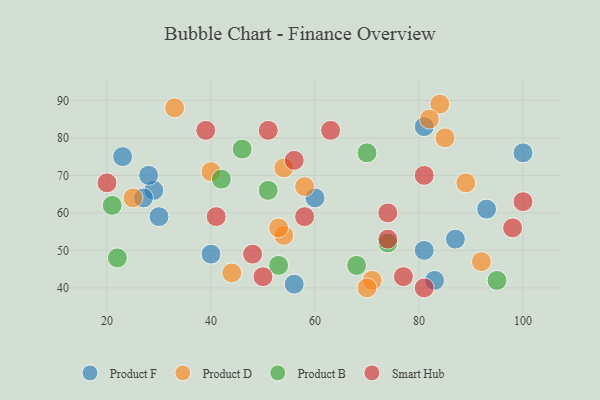
{"axis": {"x": "GDP", "y": "Life Expectancy"}, "legend": ["Product B", "Product D", "Product F", "Smart Hub"], "data": [{"x": "93", "y": 61, "type": "Product F"}, {"x": "81", "y": 83, "type": "Product F"}, {"x": "81", "y": 50, "type": "Product F"}, {"x": "83", "y": 42, "type": "Product F"}, {"x": "100", "y": 76, "type": "Product F"}, {"x": "29", "y": 66, "type": "Product F"}, {"x": "56", "y": 41, "type": "Product F"}, {"x": "27", "y": 64, "type": "Product F"}, {"x": "23", "y": 75, "type": "Product F"}, {"x": "40", "y": 49, "type": "Product F"}, {"x": "60", "y": 64, "type": "Product F"}, {"x": "30", "y": 59, "type": "Product F"}, {"x": "87", "y": 53, "type": "Product F"}, {"x": "28", "y": 70, "type": "Product F"}, {"x": "54", "y": 54, "type": "Product D"}, {"x": "71", "y": 42, "type": "Product D"}, {"x": "85", "y": 80, "type": "Product D"}, {"x": "54", "y": 72, "type": "Product D"}, {"x": "40", "y": 71, "type": "Product D"}, {"x": "92", "y": 47, "type": "Product D"}, {"x": "89", "y": 68, "type": "Product D"}, {"x": "53", "y": 56, "type": "Product D"}, {"x": "33", "y": 88, "type": "Product D"}, {"x": "58", "y": 67, "type": "Product D"}, {"x": "84", "y": 89, "type": "Product D"}, {"x": "70", "y": 40, "type": "Product D"}, {"x": "82", "y": 85, "type": "Product D"}, {"x": "25", "y": 64, "type": "Product D"}, {"x": "44", "y": 44, "type": "Product D"}, {"x": "46", "y": 77, "type": "Product B"}, {"x": "42", "y": 69, "type": "Product B"}, {"x": "21", "y": 62, "type": "Product B"}, {"x": "70", "y": 76, "type": "Product B"}, {"x": "95", "y": 42, "type": "Product B"}, {"x": "51", "y": 66, "type": "Product B"}, {"x": "22", "y": 48, "type": "Product B"}, {"x": "53", "y": 46, "type": "Product B"}, {"x": "68", "y": 46, "type": "Product B"}, {"x": "74", "y": 52, "type": "Product B"}, {"x": "58", "y": 59, "type": "Smart Hub"}, {"x": "39", "y": 82, "type": "Smart Hub"}, {"x": "48", "y": 49, "type": "Smart Hub"}, {"x": "81", "y": 70, "type": "Smart Hub"}, {"x": "74", "y": 53, "type": "Smart Hub"}, {"x": "98", "y": 56, "type": "Smart Hub"}, {"x": "51", "y": 82, "type": "Smart Hub"}, {"x": "77", "y": 43, "type": "Smart Hub"}, {"x": "63", "y": 82, "type": "Smart Hub"}, {"x": "74", "y": 60, "type": "Smart Hub"}, {"x": "81", "y": 40, "type": "Smart Hub"}, {"x": "41", "y": 59, "type": "Smart Hub"}, {"x": "100", "y": 63, "type": "Smart Hub"}, {"x": "50", "y": 43, "type": "Smart Hub"}, {"x": "56", "y": 74, "type": "Smart Hub"}, {"x": "20", "y": 68, "type": "Smart Hub"}]}